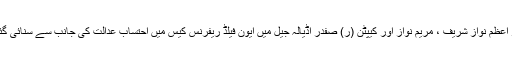
یاد رہے کہ سابق وزیر اعظم نواز شریف ، مریم نواز اور کیپٹن (ر) صفدر اڈیالہ جیل میں ایون فیلڈ ریفرنس کیس میں احتساب عدالت کی جانب سے سنائی گئی سزا بھُگت رہے ہیں۔